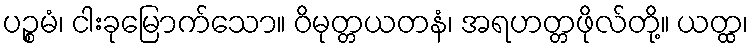
ပဉ္စမံ၊ ငါးခုမြောက်သော။ ဝိမုတ္တယတနံ၊ အရဟတ္တဖိုလ်တို့။ ယတ္ထ၊